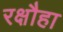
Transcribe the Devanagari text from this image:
रक्षौहा